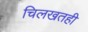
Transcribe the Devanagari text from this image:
चिलखतही